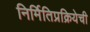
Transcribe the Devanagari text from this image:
निर्मितिप्रक्रियेची